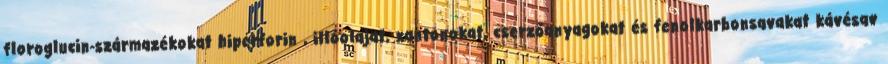
floroglucin-származékokat hiperforin , illóolajat, xantonokat, cserzőanyagokat és fenolkarbonsavakat kávésav